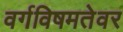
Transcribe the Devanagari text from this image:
वर्गविषमतेवर